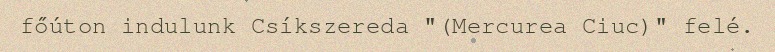
főúton indulunk Csíkszereda "(Mercurea Ciuc)" felé.